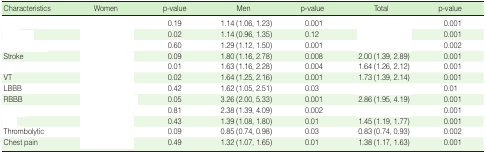
<table><thead><tr><td><b>Characteristics</b></td><td><b>Women</b></td><td><b>p-value</b></td><td><b>Men</b></td><td><b>p-value</b></td><td><b>Total</b></td><td><b>p-value</b></td></tr></thead><tbody><tr><td>[EMPTY_CELL]</td><td>[EMPTY_CELL]</td><td>0.19</td><td>1.14 (1.06, 1.23)</td><td>0.001</td><td>[EMPTY_CELL]</td><td>0.001</td></tr><tr><td>[EMPTY_CELL]</td><td>[EMPTY_CELL]</td><td>0.02</td><td>1.14 (0.96, 1.35)</td><td>0.12</td><td>[EMPTY_CELL]</td><td>0.001</td></tr><tr><td>[EMPTY_CELL]</td><td>[EMPTY_CELL]</td><td>0.60</td><td>1.29 (1.12, 1.50)</td><td>0.001</td><td>[EMPTY_CELL]</td><td>0.002</td></tr><tr><td>Stroke</td><td>[EMPTY_CELL]</td><td>0.09</td><td>1.80 (1.16, 2.78)</td><td>0.008</td><td>2.00 (1.39, 2.89)</td><td>0.001</td></tr><tr><td>[EMPTY_CELL]</td><td>[EMPTY_CELL]</td><td>0.01</td><td>1.63 (1.16, 2.28)</td><td>0.004</td><td>1.64 (1.26, 2.12)</td><td>0.001</td></tr><tr><td>VT</td><td>[EMPTY_CELL]</td><td>0.02</td><td>1.64 (1.25, 2.16)</td><td>0.001</td><td>1.73 (1.39, 2.14)</td><td>0.001</td></tr><tr><td>LBBB</td><td>[EMPTY_CELL]</td><td>0.42</td><td>1.62 (1.05, 2.51)</td><td>0.03</td><td>[EMPTY_CELL]</td><td>0.01</td></tr><tr><td>RBBB</td><td>[EMPTY_CELL]</td><td>0.05</td><td>3.26 (2.00, 5.33)</td><td>0.001</td><td>2.86 (1.95, 4.19)</td><td>0.001</td></tr><tr><td>[EMPTY_CELL]</td><td>[EMPTY_CELL]</td><td>0.81</td><td>2.38 (1.39, 4.09)</td><td>0.002</td><td>[EMPTY_CELL]</td><td>0.001</td></tr><tr><td>[EMPTY_CELL]</td><td>[EMPTY_CELL]</td><td>0.43</td><td>1.39 (1.08, 1.80)</td><td>0.01</td><td>1.45 (1.19, 1.77)</td><td>0.001</td></tr><tr><td>Thrombolytic</td><td>[EMPTY_CELL]</td><td>0.09</td><td>0.85 (0.74, 0.98)</td><td>0.03</td><td>0.83 (0.74, 0.93)</td><td>0.002</td></tr><tr><td>Chest pain</td><td>[EMPTY_CELL]</td><td>0.49</td><td>1.32 (1.07, 1.65)</td><td>0.01</td><td>1.38 (1.17, 1.63)</td><td>0.001</td></tr></tbody></table>